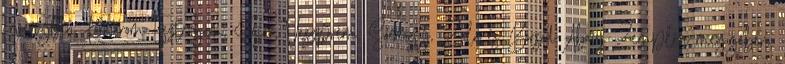
érvényben Komárom-Esztergom, Fejér, Veszprém, Somogy, Zala és Borsod-Abaúj-Zemplén megyében.